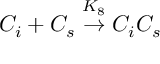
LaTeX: C _ { i } + C _ { s } \stackrel { K _ { 8 } } { \rightarrow } C _ { i } C _ { s }